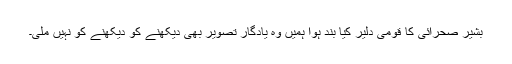
بشیر صحرائی کا قومی دلیر کیا بند ہوا ہمیں وہ یادگار تصویر بھی دیکھنے کو دیکھنے کو نہیں ملی۔